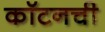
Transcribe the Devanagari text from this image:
कॉटनची